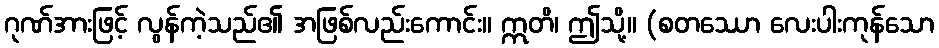
ဂုဏ်အားဖြင့် လွန်ကဲ့သည်၏ အဖြစ်လည်းကောင်း။ ဣတိ၊ ဤသို့။ (စတဿော လေးပါးကုန်သော